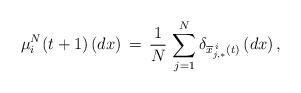
LaTeX: \begin{align*}\mu_{i}^{N}(t+1)\left(dx\right)\,=\, \frac{1}{N}\,\sum_{j=1}^{N} \delta_{\overline{x}^{\,i}_{j,*}(t)}\left(dx\right),\end{align*}